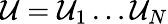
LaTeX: \mathcal{U}=\mathcal{U}_{1}\dots\mathcal{U}_{N}